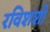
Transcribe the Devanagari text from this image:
रविशशी